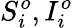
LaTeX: S_{i}^{o},I_{i}^{o}